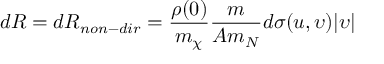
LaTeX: d R = d R _ { n o n - d i r } = \frac { \rho ( 0 ) } { m _ { \chi } } \frac { m } { A m _ { N } } d \sigma ( u , \upsilon ) | { \boldmath \upsilon } |